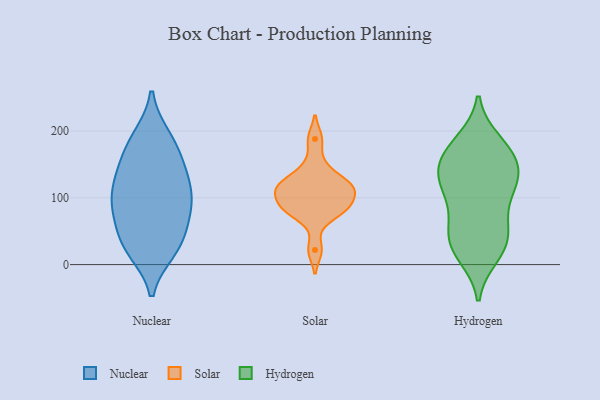
{"axis": {"x": "Churn Rate (%)", "y": "Value"}, "legend": ["Hydrogen", "Nuclear", "Solar"], "data": [{"x": "", "y": 140, "type": "Nuclear"}, {"x": "", "y": 169, "type": "Nuclear"}, {"x": "", "y": 29, "type": "Nuclear"}, {"x": "", "y": 91, "type": "Nuclear"}, {"x": "", "y": 83, "type": "Nuclear"}, {"x": "", "y": 112, "type": "Nuclear"}, {"x": "", "y": 190, "type": "Nuclear"}, {"x": "", "y": 191, "type": "Nuclear"}, {"x": "", "y": 99, "type": "Nuclear"}, {"x": "", "y": 34, "type": "Nuclear"}, {"x": "", "y": 132, "type": "Nuclear"}, {"x": "", "y": 156, "type": "Nuclear"}, {"x": "", "y": 72, "type": "Nuclear"}, {"x": "", "y": 21, "type": "Nuclear"}, {"x": "", "y": 61, "type": "Nuclear"}, {"x": "", "y": 23, "type": "Nuclear"}, {"x": "", "y": 111, "type": "Nuclear"}, {"x": "", "y": 87, "type": "Solar"}, {"x": "", "y": 22, "type": "Solar"}, {"x": "", "y": 86, "type": "Solar"}, {"x": "", "y": 109, "type": "Solar"}, {"x": "", "y": 113, "type": "Solar"}, {"x": "", "y": 74, "type": "Solar"}, {"x": "", "y": 147, "type": "Solar"}, {"x": "", "y": 121, "type": "Solar"}, {"x": "", "y": 112, "type": "Solar"}, {"x": "", "y": 85, "type": "Solar"}, {"x": "", "y": 188, "type": "Solar"}, {"x": "", "y": 124, "type": "Solar"}, {"x": "", "y": 14, "type": "Hydrogen"}, {"x": "", "y": 127, "type": "Hydrogen"}, {"x": "", "y": 135, "type": "Hydrogen"}, {"x": "", "y": 99, "type": "Hydrogen"}, {"x": "", "y": 44, "type": "Hydrogen"}, {"x": "", "y": 168, "type": "Hydrogen"}, {"x": "", "y": 36, "type": "Hydrogen"}, {"x": "", "y": 60, "type": "Hydrogen"}, {"x": "", "y": 152, "type": "Hydrogen"}, {"x": "", "y": 121, "type": "Hydrogen"}, {"x": "", "y": 143, "type": "Hydrogen"}, {"x": "", "y": 20, "type": "Hydrogen"}, {"x": "", "y": 127, "type": "Hydrogen"}, {"x": "", "y": 61, "type": "Hydrogen"}, {"x": "", "y": 168, "type": "Hydrogen"}, {"x": "", "y": 184, "type": "Hydrogen"}, {"x": "", "y": 102, "type": "Hydrogen"}, {"x": "", "y": 180, "type": "Hydrogen"}, {"x": "", "y": 27, "type": "Hydrogen"}]}